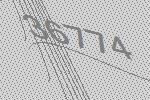
36774